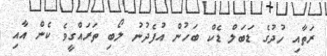
ރަތާއި ހުދުގެ ޑަބަލް ޑެކް ބަހުން އުފެދުނު ލޯބި ތަރައްގީވެ ކެން އާއި